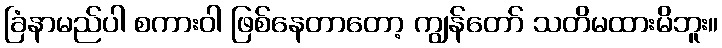
ခြံနာမည်ပါ စကားဝါ ဖြစ်နေတာတော့ ကျွန်တော် သတိမထားမိဘူး။